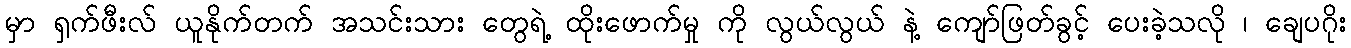
မှာ ရှက်ဖီးလ် ယူနိုက်တက် အသင်းသား တွေရဲ့ ထိုးဖောက်မှု ကို လွယ်လွယ် နဲ့ ကျော်ဖြတ်ခွင့် ပေးခဲ့သလို ၊ ချေပဂိုး